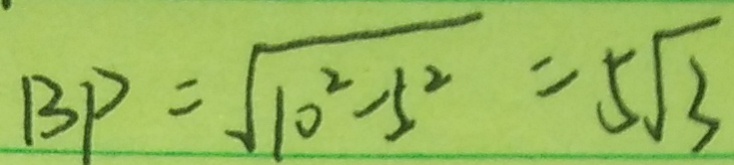
B P = \sqrt { 1 0 ^ { 2 } - 5 ^ { 2 } } = 5 \sqrt { 3 }